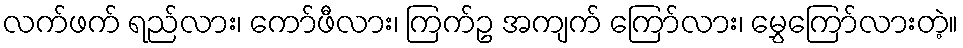
လက်ဖက် ရည်လား၊ ကော်ဖီလား၊ ကြက်ဥ အကျက် ကြော်လား၊ မွှေကြော်လားတဲ့။